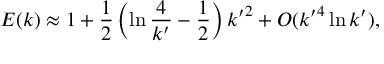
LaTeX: E ( k ) \approx 1 + \frac { 1 } { 2 } \left( \ln \frac { 4 } { { k ^ { \prime } } } - \frac { 1 } { 2 } \right) { k ^ { \prime } } ^ { 2 } + O ( { k ^ { \prime } } ^ { 4 } \ln { k ^ { \prime } } ) ,